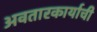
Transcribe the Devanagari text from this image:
अवतारकार्याची